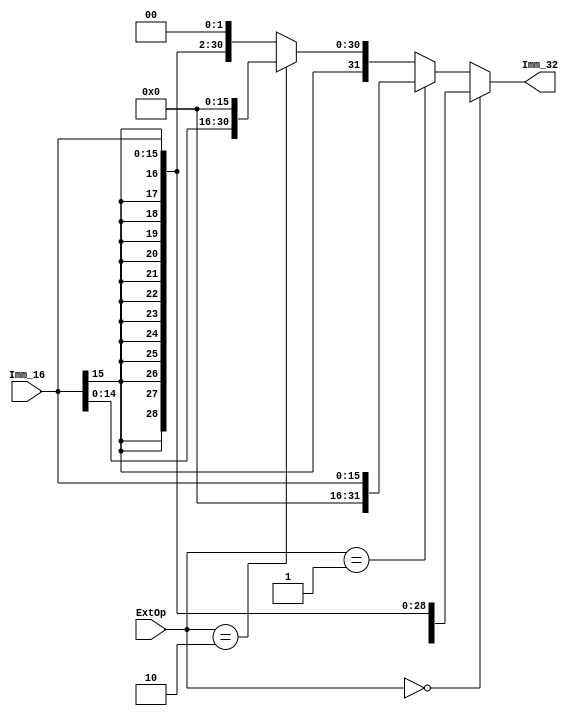
`timescale 1ns / 1ps
//////////////////////////////////////////////////////////////////////////////////
// Company: 
// Engineer: 
// 
// Design Name: 
// Module Name:    EXT 
// Project Name: 
// Target Devices: 
// Tool versions: 
// Description: 
//
// Dependencies: 
//
// Revision: 
// Revision 0.01 - File Created
// Additional Comments: 
//
//////////////////////////////////////////////////////////////////////////////////
module EXT(
    input [15:0] Imm_16,
    input [1:0] ExtOp,
    output [31:0] Imm_32
    );
	 
	parameter sign			 = 2'b00,
				 zero 		 = 2'b01,
				 high 		 = 2'b10,
				 sign_left_2 = 2'b11;
	
	assign Imm_32 = (ExtOp == sign) ? {{16{Imm_16[15]}},Imm_16} :
						 (ExtOp == zero) ? {{16'b0}, Imm_16} :
						 (ExtOp == high) ? {Imm_16,{16'b0}} :
												 {{14{Imm_16[15]}},Imm_16,2'b00};

endmodule